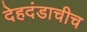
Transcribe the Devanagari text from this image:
देहदंडाचीच